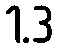
1.3